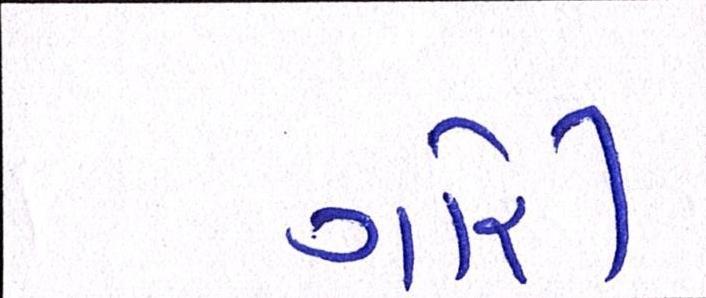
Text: ગોરી